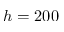
h = 2 0 0